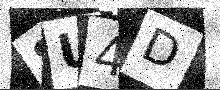
Text: 8U4D